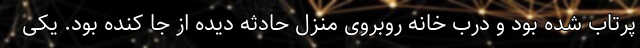
پرتاب شده بود و درب خانه روبروی منزل حادثه دیده از جا کنده بود. یکی